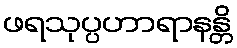
ဖရသုပ္ပဟာရာနန္တိ